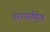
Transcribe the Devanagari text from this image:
परापार्थिव